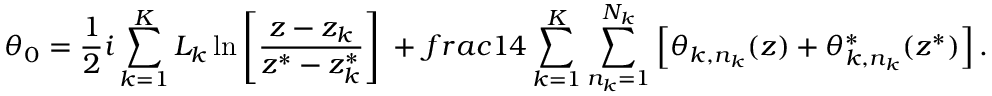
\theta _ { 0 } = \frac { 1 } { 2 } i \sum _ { k = 1 } ^ { K } L _ { k } \ln \left[ \frac { z - z _ { k } } { z ^ { * } - z _ { k } ^ { * } } \right] \ + \, f r a c { 1 } { 4 } \sum _ { k = 1 } ^ { K } \sum _ { n _ { k } = 1 } ^ { N _ { k } } \left[ \theta _ { k , n _ { k } } ( z ) + \theta _ { k , n _ { k } } ^ { * } ( z ^ { * } ) \right] .